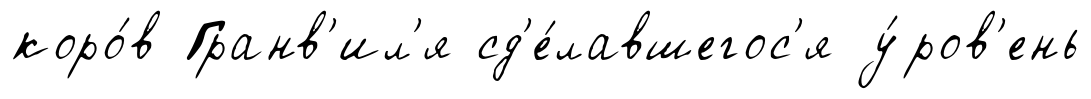
коро́в Гранв'ил'я сд'е́лавшегос'я у́ров'ень